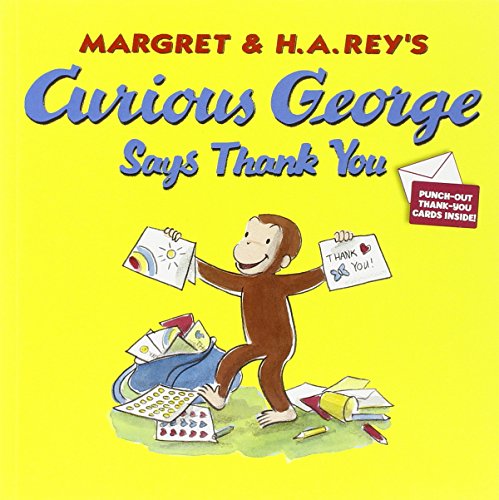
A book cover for Curious George Says Thank You; H. A. Rey; Children's Books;